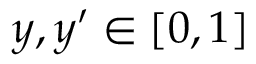
y , y ^ { \prime } \in [ 0 , 1 ]